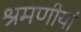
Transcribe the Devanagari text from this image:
श्रमणीयां